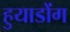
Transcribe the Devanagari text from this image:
हुयाडोंग